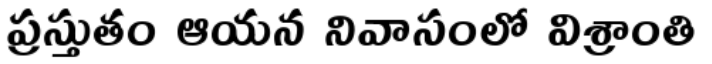
ప్రస్తుతం ఆయన నివాసంలో విశ్రాంతి